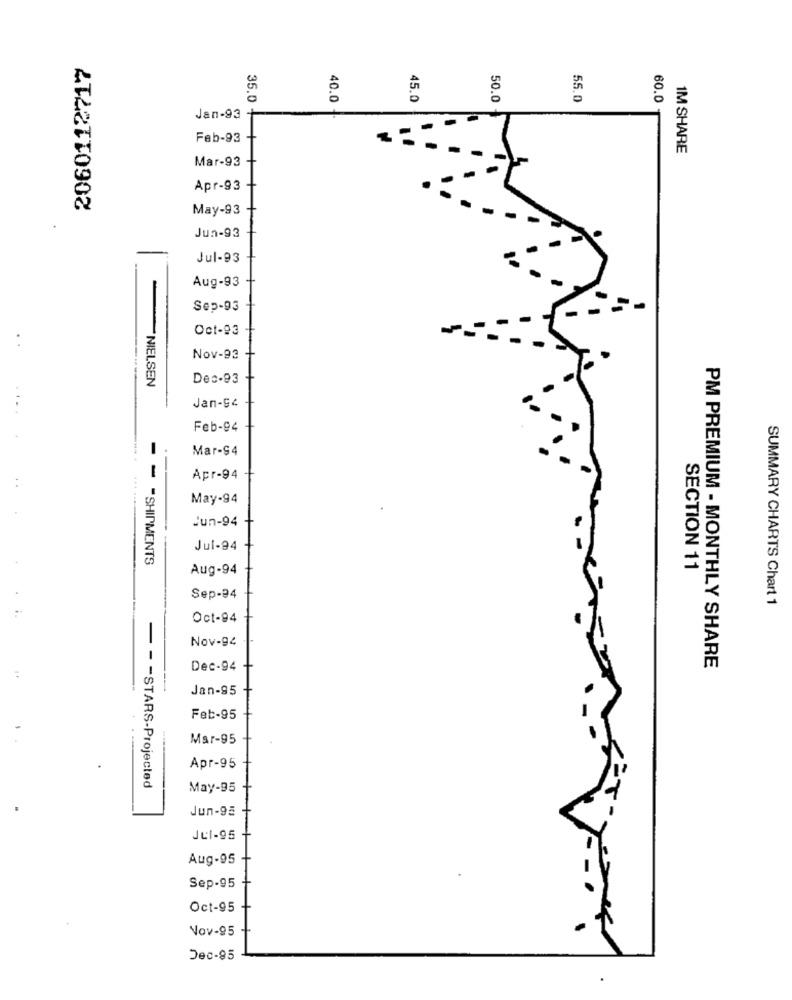
2060112717
40.0
45.0
50.0
55.0
60.0
35.0 -
Jan-93 -
Feb-93
1M SHARE
Mar-93
Apr-93
May-93
Jun-93
-
Jul-93
Aug-93
Sep-93
Oct-93
Nov-93
NIELSEN
Des-93
Jan-54
Feb-94
Mar-94
Apr-94
May-94
Jun-94
Jul-94
- - - SHIPMENTS
Aug-94
SECTION 11
Sep-24
SUMMARY CHARTS Chart 1
Oct-94
Nov-94
Dec-94
PM PREMIUM - MONTHLY SHARE
Jan-95
Feb-95
Mar-95
Apr-95
- - - STARS-Projected
May-95
Jun-95
Jul-95
Aug-95
Sep-95
Oct-95
Nov-95
Dec-95